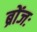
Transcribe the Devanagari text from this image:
ब्रोंजः